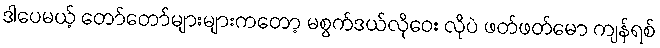
ဒါပေမယ့် တော်တော်များများကတော့ မစွက်ဒယ်လိုဝေး လိုပဲ ဖတ်ဖတ်မော ကျန်ရစ်